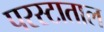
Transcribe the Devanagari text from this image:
परस्टाताल